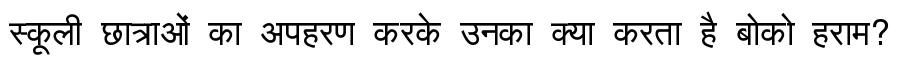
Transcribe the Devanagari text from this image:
स्कूली छात्राओं का अपहरण करके उनका क्या करता है बोको हराम?